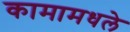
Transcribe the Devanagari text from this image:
कामामधले